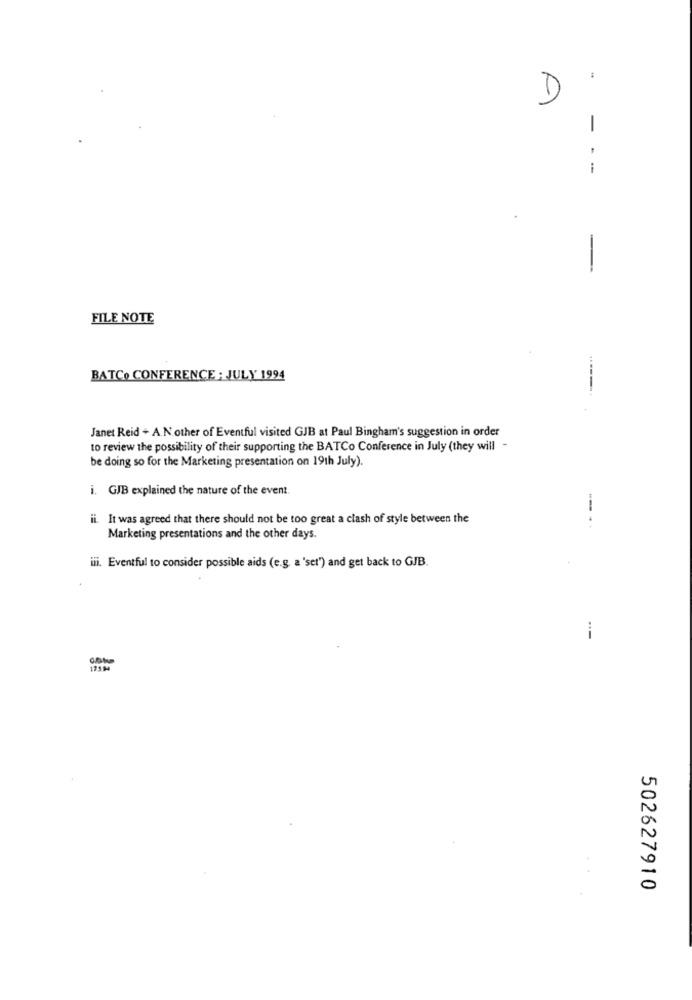
D
-
i
- -
FILE NOTE
BATCO CONFERENCE ; JULY 1994
Janet Reid + A.N.other of Eventful visited GJB at Paul Bingham's suggestion in order
to review the possibility of their supporting the BATCo Conference in July (they will -
be doing so for the Marketing presentation on 19th July).
i. GJB explained the nature of the event.
ii. It was agreed that there should not be too great a clash of style between the
--..
Marketing presentations and the other days.
iii. Eventful to consider possible aids (e.g. a 'set") and get back to GJB.
--
502627910